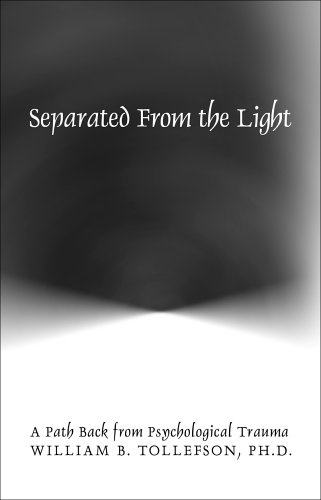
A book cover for Separated From the Light (A Path Back from Psychological Trauma); William B. Tollefson Ph.D.; Self-Help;